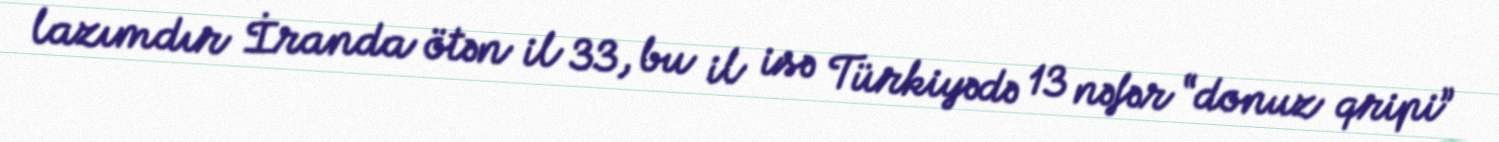
lazımdır İranda ötən il 33, bu il isə Türkiyədə 13 nəfər “donuz qripi”